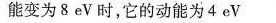
能变为8eV时，它的动能为4eV